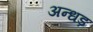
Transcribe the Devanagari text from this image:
अन्धड़